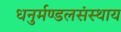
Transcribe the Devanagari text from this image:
धनुर्मण्डलसंस्थाय